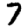
Digit: 7